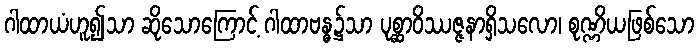
ဂါထာယံဟူ၍သာ ဆိုသောကြောင့် ဂါထာဗန္ဓ၌သာ ပုစ္ဆာဝိဿဇ္ဇနာရှိသလော၊ စုဏ္ဏိယဖြစ်သော